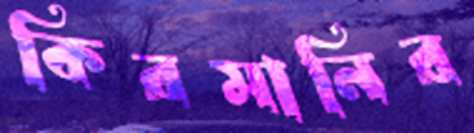
কিরমানির